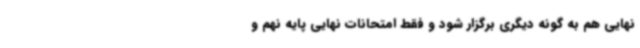
نهایی هم به گونه دیگری برگزار شود و فقط امتحانات نهایی پایه نهم و